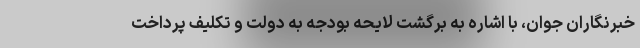
خبرنگاران جوان، با اشاره به برگشت لایحه بودجه به دولت و تکلیف پرداخت